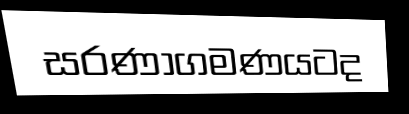
සරණාගමණයටද